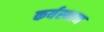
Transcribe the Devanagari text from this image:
कर्यस्थान